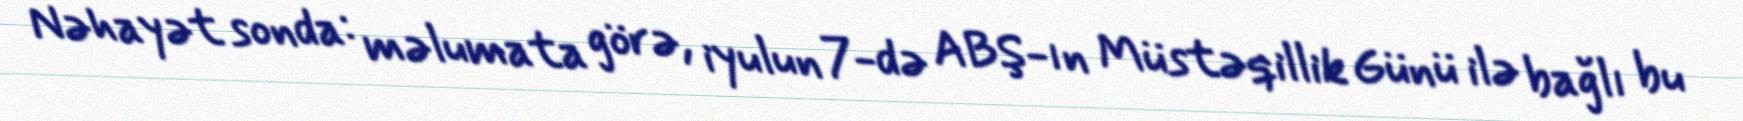
Nəhayət sonda: məlumata görə, iyulun 7-də ABŞ-ın Müstəqillik Günü ilə bağlı bu